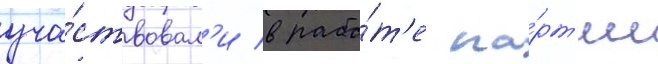
уча́ствовал'и в рабо́т'е па́рт'ии